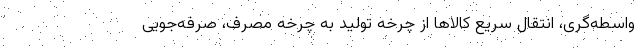
واسطه‌گری، انتقال سریع کالاها از چرخه تولید به چرخه مصرف، صرفه‌جویی